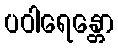
ပဝါရေန္တော